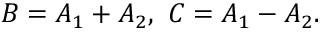
B = A _ { 1 } + A _ { 2 } , \thinspace \thinspace C = A _ { 1 } - A _ { 2 } .